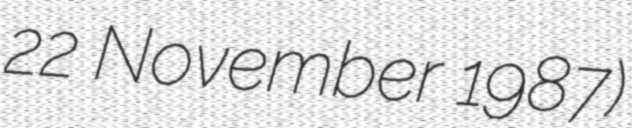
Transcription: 22 November 1987)